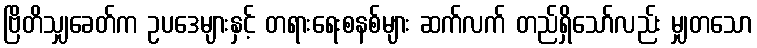
ဗြိတိသျှခေတ်က ဥပဒေများနှင့် တရားရေးစနစ်များ ဆက်လက် တည်ရှိသော်လည်း မျှတသော